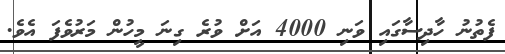
ފެތުނު ހާދިސާގައި ވަނި 4000 އަށް ވުރެ ގިނަ މީހުން މަރުވެފަ އެެވެ.